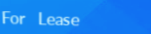
For Lease